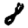
Digit: 8